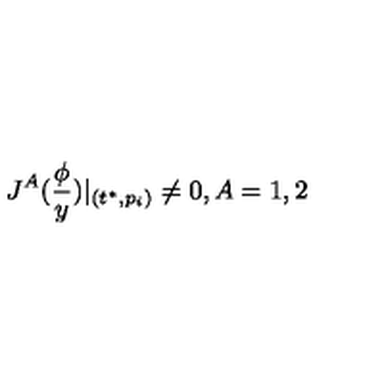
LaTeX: J ^ { A } ( \frac \phi y ) | _ { ( t ^ { * } , p _ { i } ) } \neq 0 , A = 1 , 2